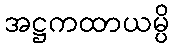
အဋ္ဌကထာယမ္ပိ